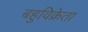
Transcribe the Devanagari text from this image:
बहुविक्रेता